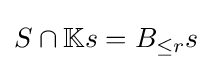
S\cap \mathbb {K} s=B_{\leq r}s